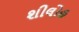
શીલોહ